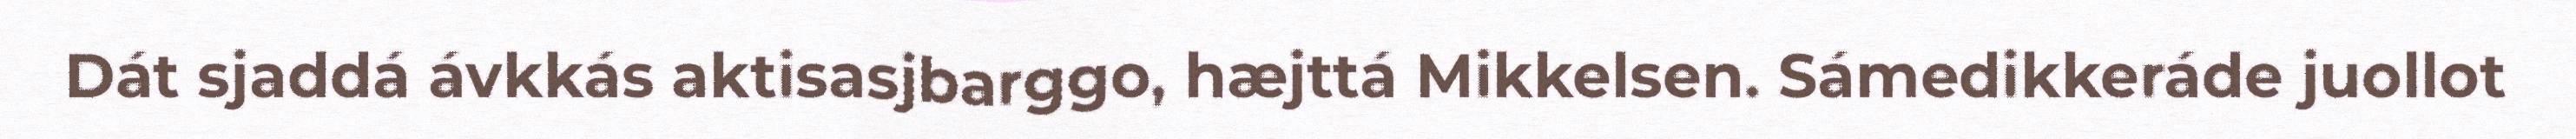
Dát sjaddá ávkkás aktisasjbarggo, hæjttá Mikkelsen. Sámedikkeráde juollot